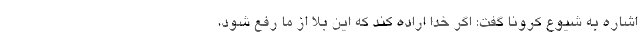
اشاره به شیوع کرونا گفت: اگر خدا اراده کند که این بلا از ما رفع شود،